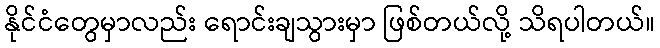
နိုင်ငံတွေမှာလည်း ရောင်းချသွားမှာ ဖြစ်တယ်လို့ သိရပါတယ်။